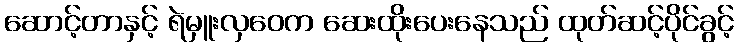
ဆောင့်တာနှင့် ရဲမှူးလှဝေက ဆေးထိုးပေးနေသည် ထုတ်ဆင့်ပိုင်ခွင့်